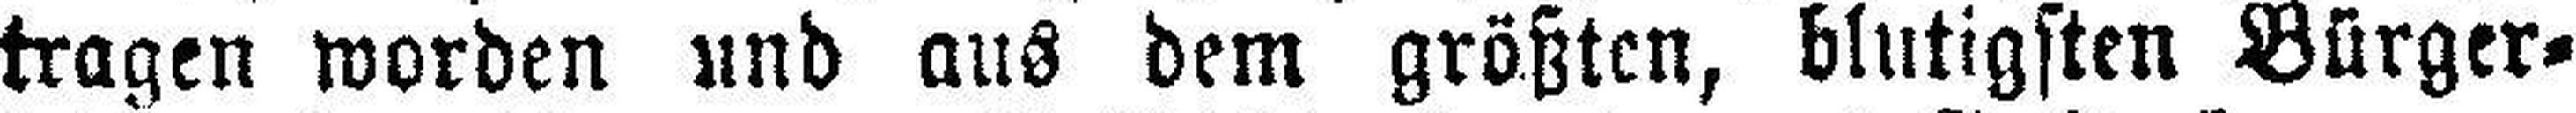
tragen worden und aus dem größten, blutigsten Bürger¬